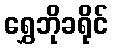
ရွှေဘိုခရိုင်